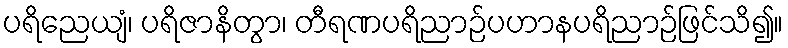
ပရိညေယျံ၊ ပရိဇာနိတွာ၊ တီရဏပရိညာဉ်ပဟာနပရိညာဉ်ဖြင်သိ၍။